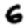
Digit: 6